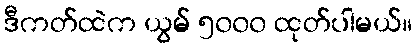
ဒီကတ်ထဲက ယွမ် ၅၀၀၀ ထုတ်ပါမယ်။